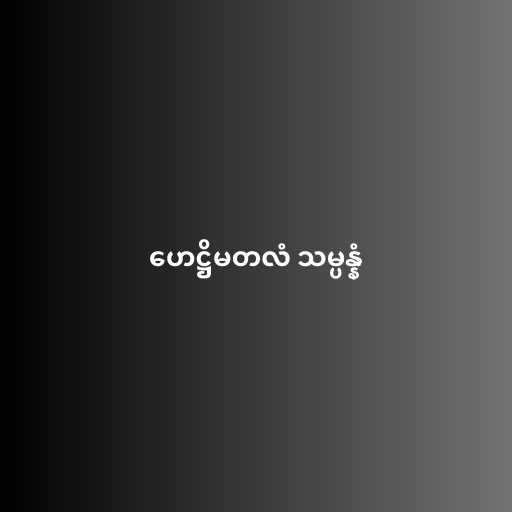
ဟေဋ္ဌိမတလံ သမ္ပန္နံ